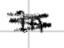
Text: in
Cross-out: mix
Writing tool: digital_black